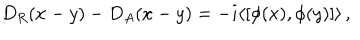
D _ { R } ( x - y ) - D _ { A } ( x - y ) = - i \langle [ \phi ( x ) , \phi ( y ) ] \rangle \, ,